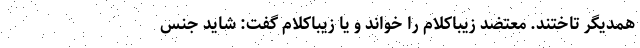
همدیگر تاختند. معتضد زیباکلام را خواند و یا زیباکلام گفت: شاید جنس